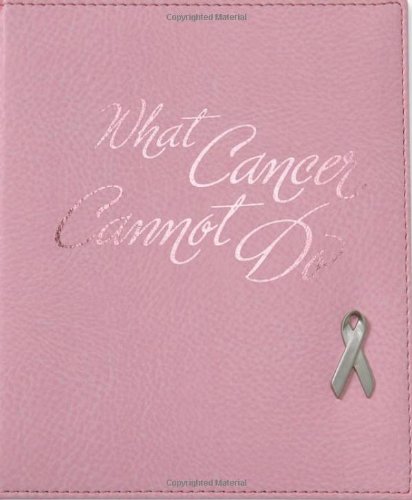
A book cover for What Cancer Cannot Do Deluxe: Stories of Hope and Encouragement; Christian Books & Bibles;